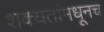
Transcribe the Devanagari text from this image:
शक्यतांमधूनच